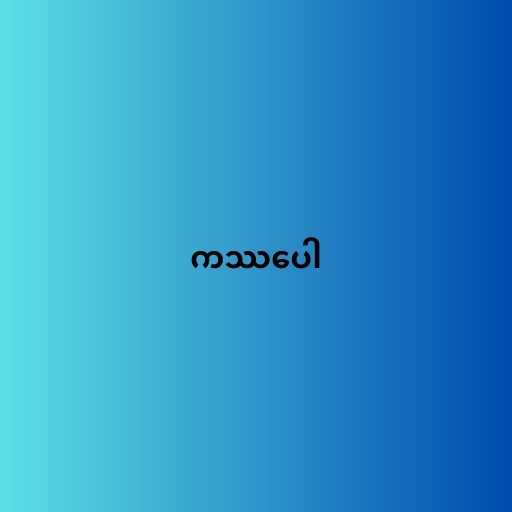
ကဿပေါ